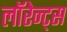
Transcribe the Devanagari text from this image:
लॉरेन्ट्स